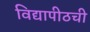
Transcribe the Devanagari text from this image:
विद्यापीठची